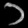
Digit: ၁